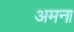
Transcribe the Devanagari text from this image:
अमना